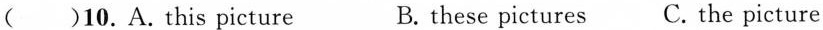
( )10.A.This picture B.these pictures C. the picture